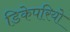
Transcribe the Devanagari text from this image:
डिकेपरियो